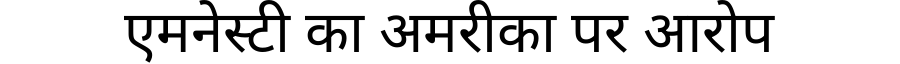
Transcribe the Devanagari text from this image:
एमनेस्टी का अमरीका पर आरोप